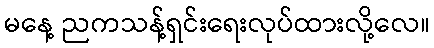
မနေ့ ညကသန့်ရှင်းရေးလုပ်ထားလို့လေ။